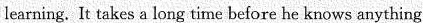
learning. It takes a long time before he knows anything